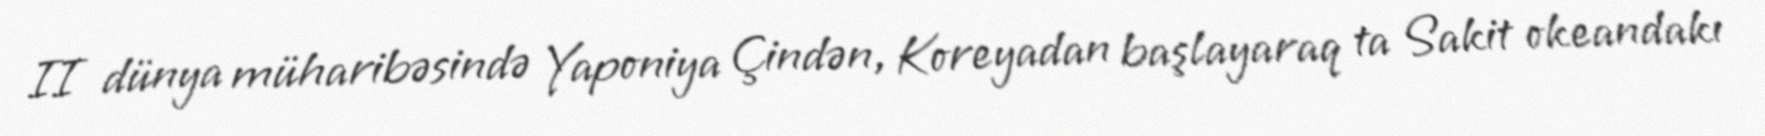
II dünya müharibəsində Yaponiya Çindən, Koreyadan başlayaraq ta Sakit okeandakı